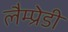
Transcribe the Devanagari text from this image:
लैम्प्रेडी